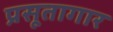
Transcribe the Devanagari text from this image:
प्रसूतागार